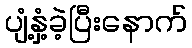
ပျံ့နှံ့ခဲ့ပြီးနောက်